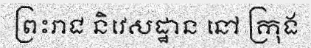
ព្រះរាជ និវេសដ្ឋាន នៅ ក្រុង